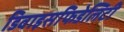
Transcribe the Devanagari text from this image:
डिवाइसफिडेलिटी